Annual report of the Punjab Veterinary College and of the Civil Veterinary Department, Punjab - 1909-1919
Year: 1909
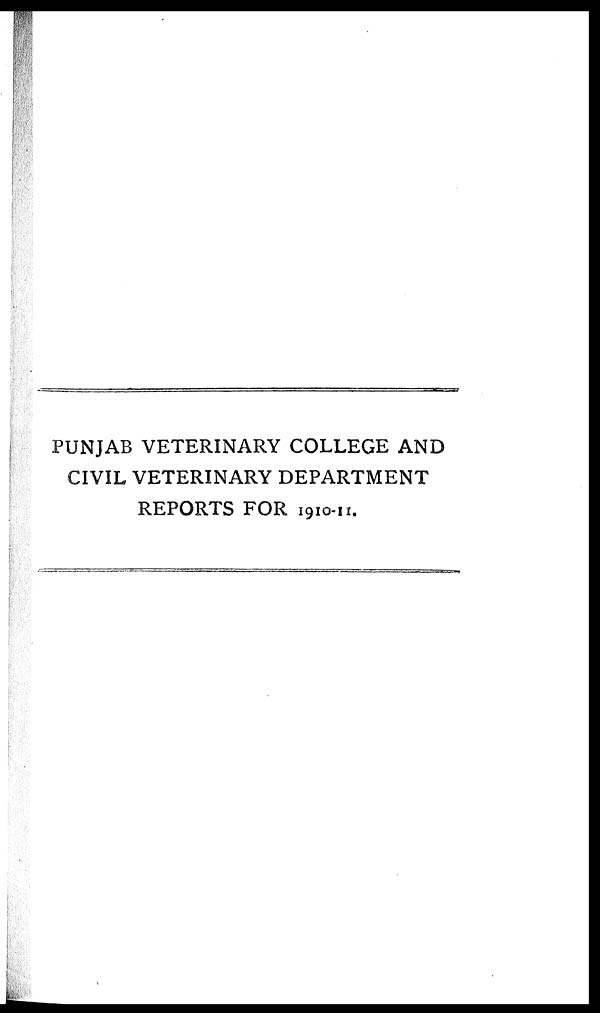
PUNJAB VETERINARY COLLEGE AND
CIVIL VETERINARY DEPARTMENT
REPORTS FOR 1910-11.